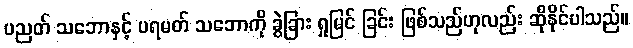
ပညတ် သဘောနှင့် ပရမတ် သဘောကို ခွဲခြား ရှုမြင် ခြင်း ဖြစ်သည်ဟုလည်း ဆိုနိုင်ပါသည်။